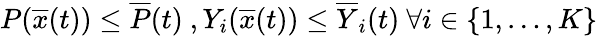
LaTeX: P({\overline{{x}}}(t))\leq{\overline{{P}}}(t){\mathrm{~}},{\mathrm{}}Y_{i}({\overline{{x}}}(t))\leq{\overline{{Y}}}_{i}(t){\mathrm{~}}\forall i\in\{ 1,\ldots,K\}